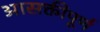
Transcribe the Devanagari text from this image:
आसक्तीपूर्ण